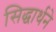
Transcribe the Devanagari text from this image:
सिद्धार्थने